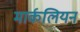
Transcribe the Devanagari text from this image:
मार्कलियन